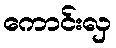
ကောင်းလှ